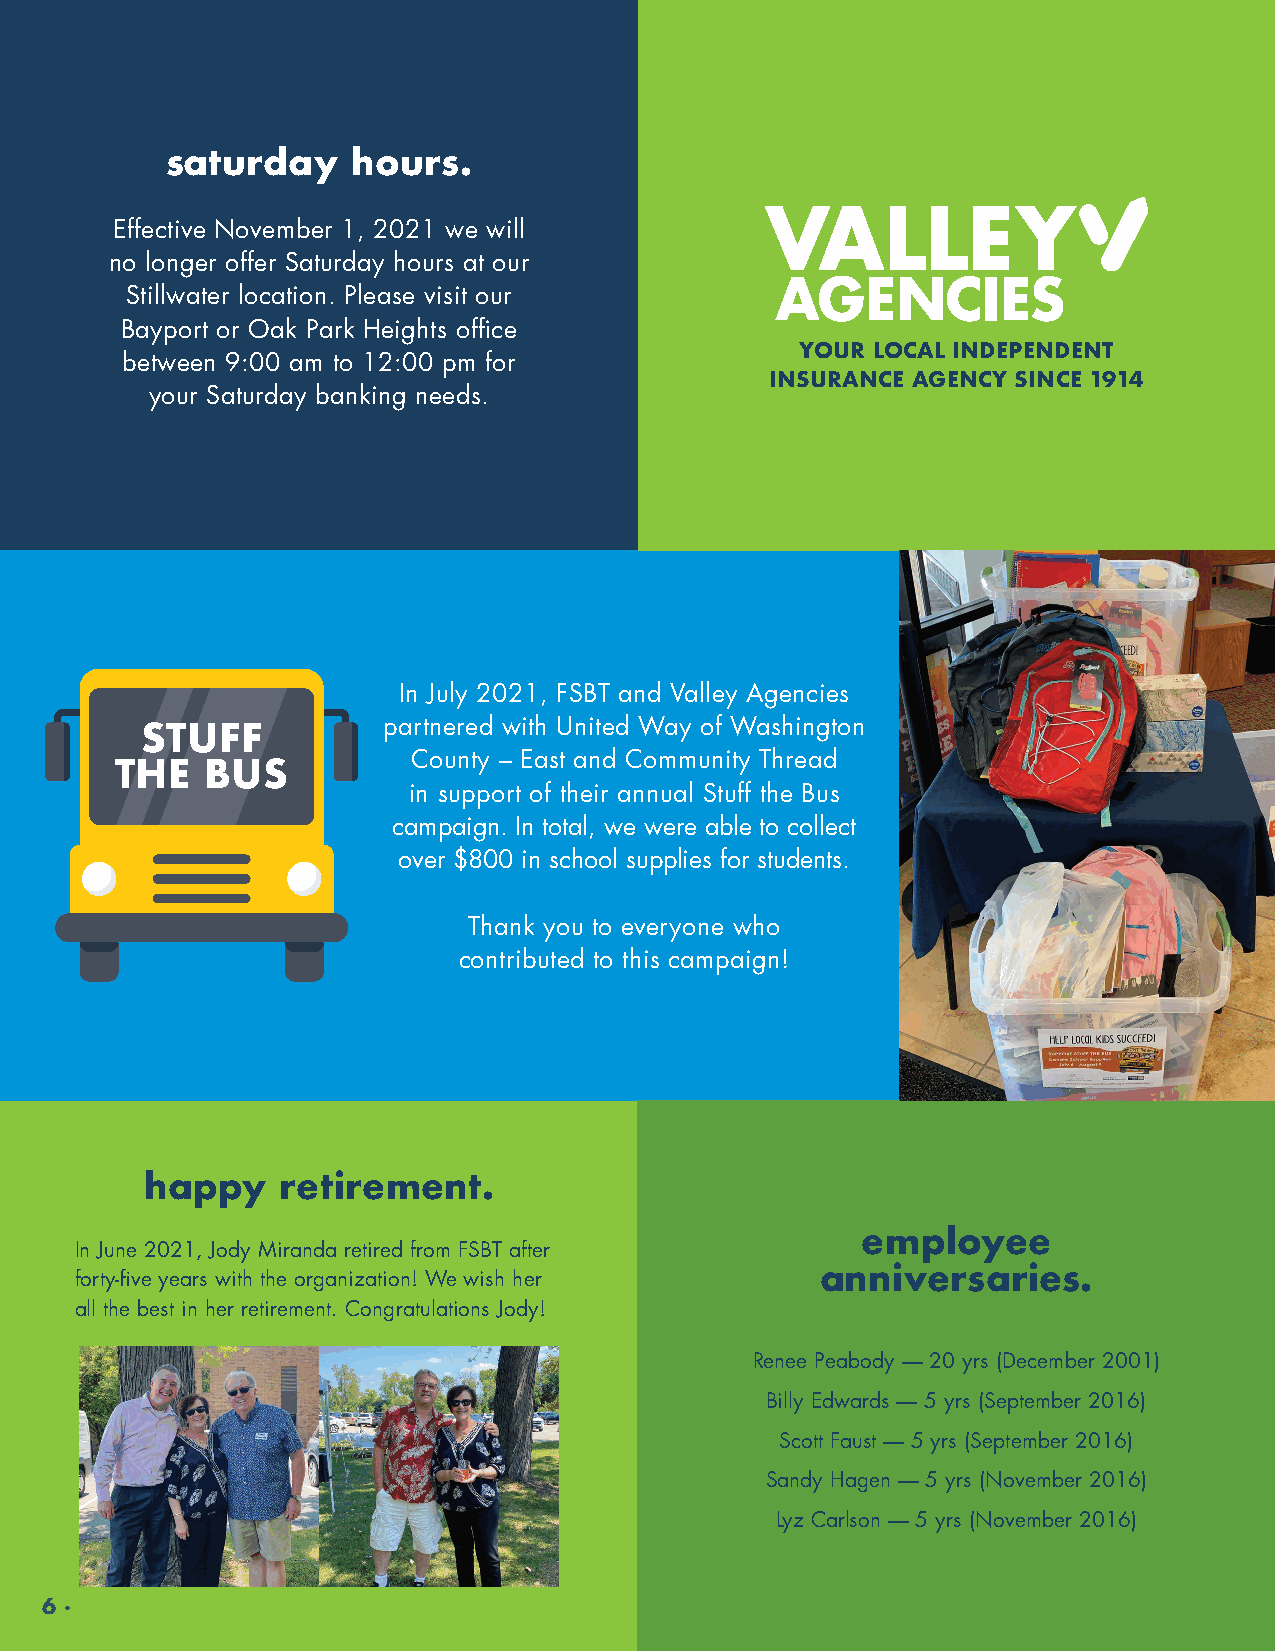
saturday    hours.
 Effective November 1, 2021 we will
 no longer offer Saturday hours at our
 Stillwater location. Please visit our
 Bayport or Oak Park Heights office
 YOUR LOCAL INDEPENDENT
 between 9:00 am to 12:00 pm for
 INSURANCE AGENCY SINCE 1914
 your Saturday banking needs.
 In July 2021, FSBT and Valley Agencies
 partnered with United Way of Washington
 STUFF
 County – East and Community Thread
 THE   BUS
 in support of their annual Stuff the Bus
 campaign. In total, we were able to collect
 over $800 in school supplies for students.
 Thank you to everyone who
 contributed to this campaign!
 happy   retirement.
 employee
 In June 2021, Jody Miranda retired from FSBT after
 forty-five years with the organization! We wish her anniversaries.
 all the best in her retirement. Congratulations Jody!
 Renee Peabody — 20 yrs (December 2001)
 Billy Edwards — 5 yrs (September 2016)
 Scott Faust — 5 yrs (September 2016)
 Sandy Hagen — 5 yrs (November 2016)
 Lyz Carlson — 5 yrs (November 2016)
 6 .